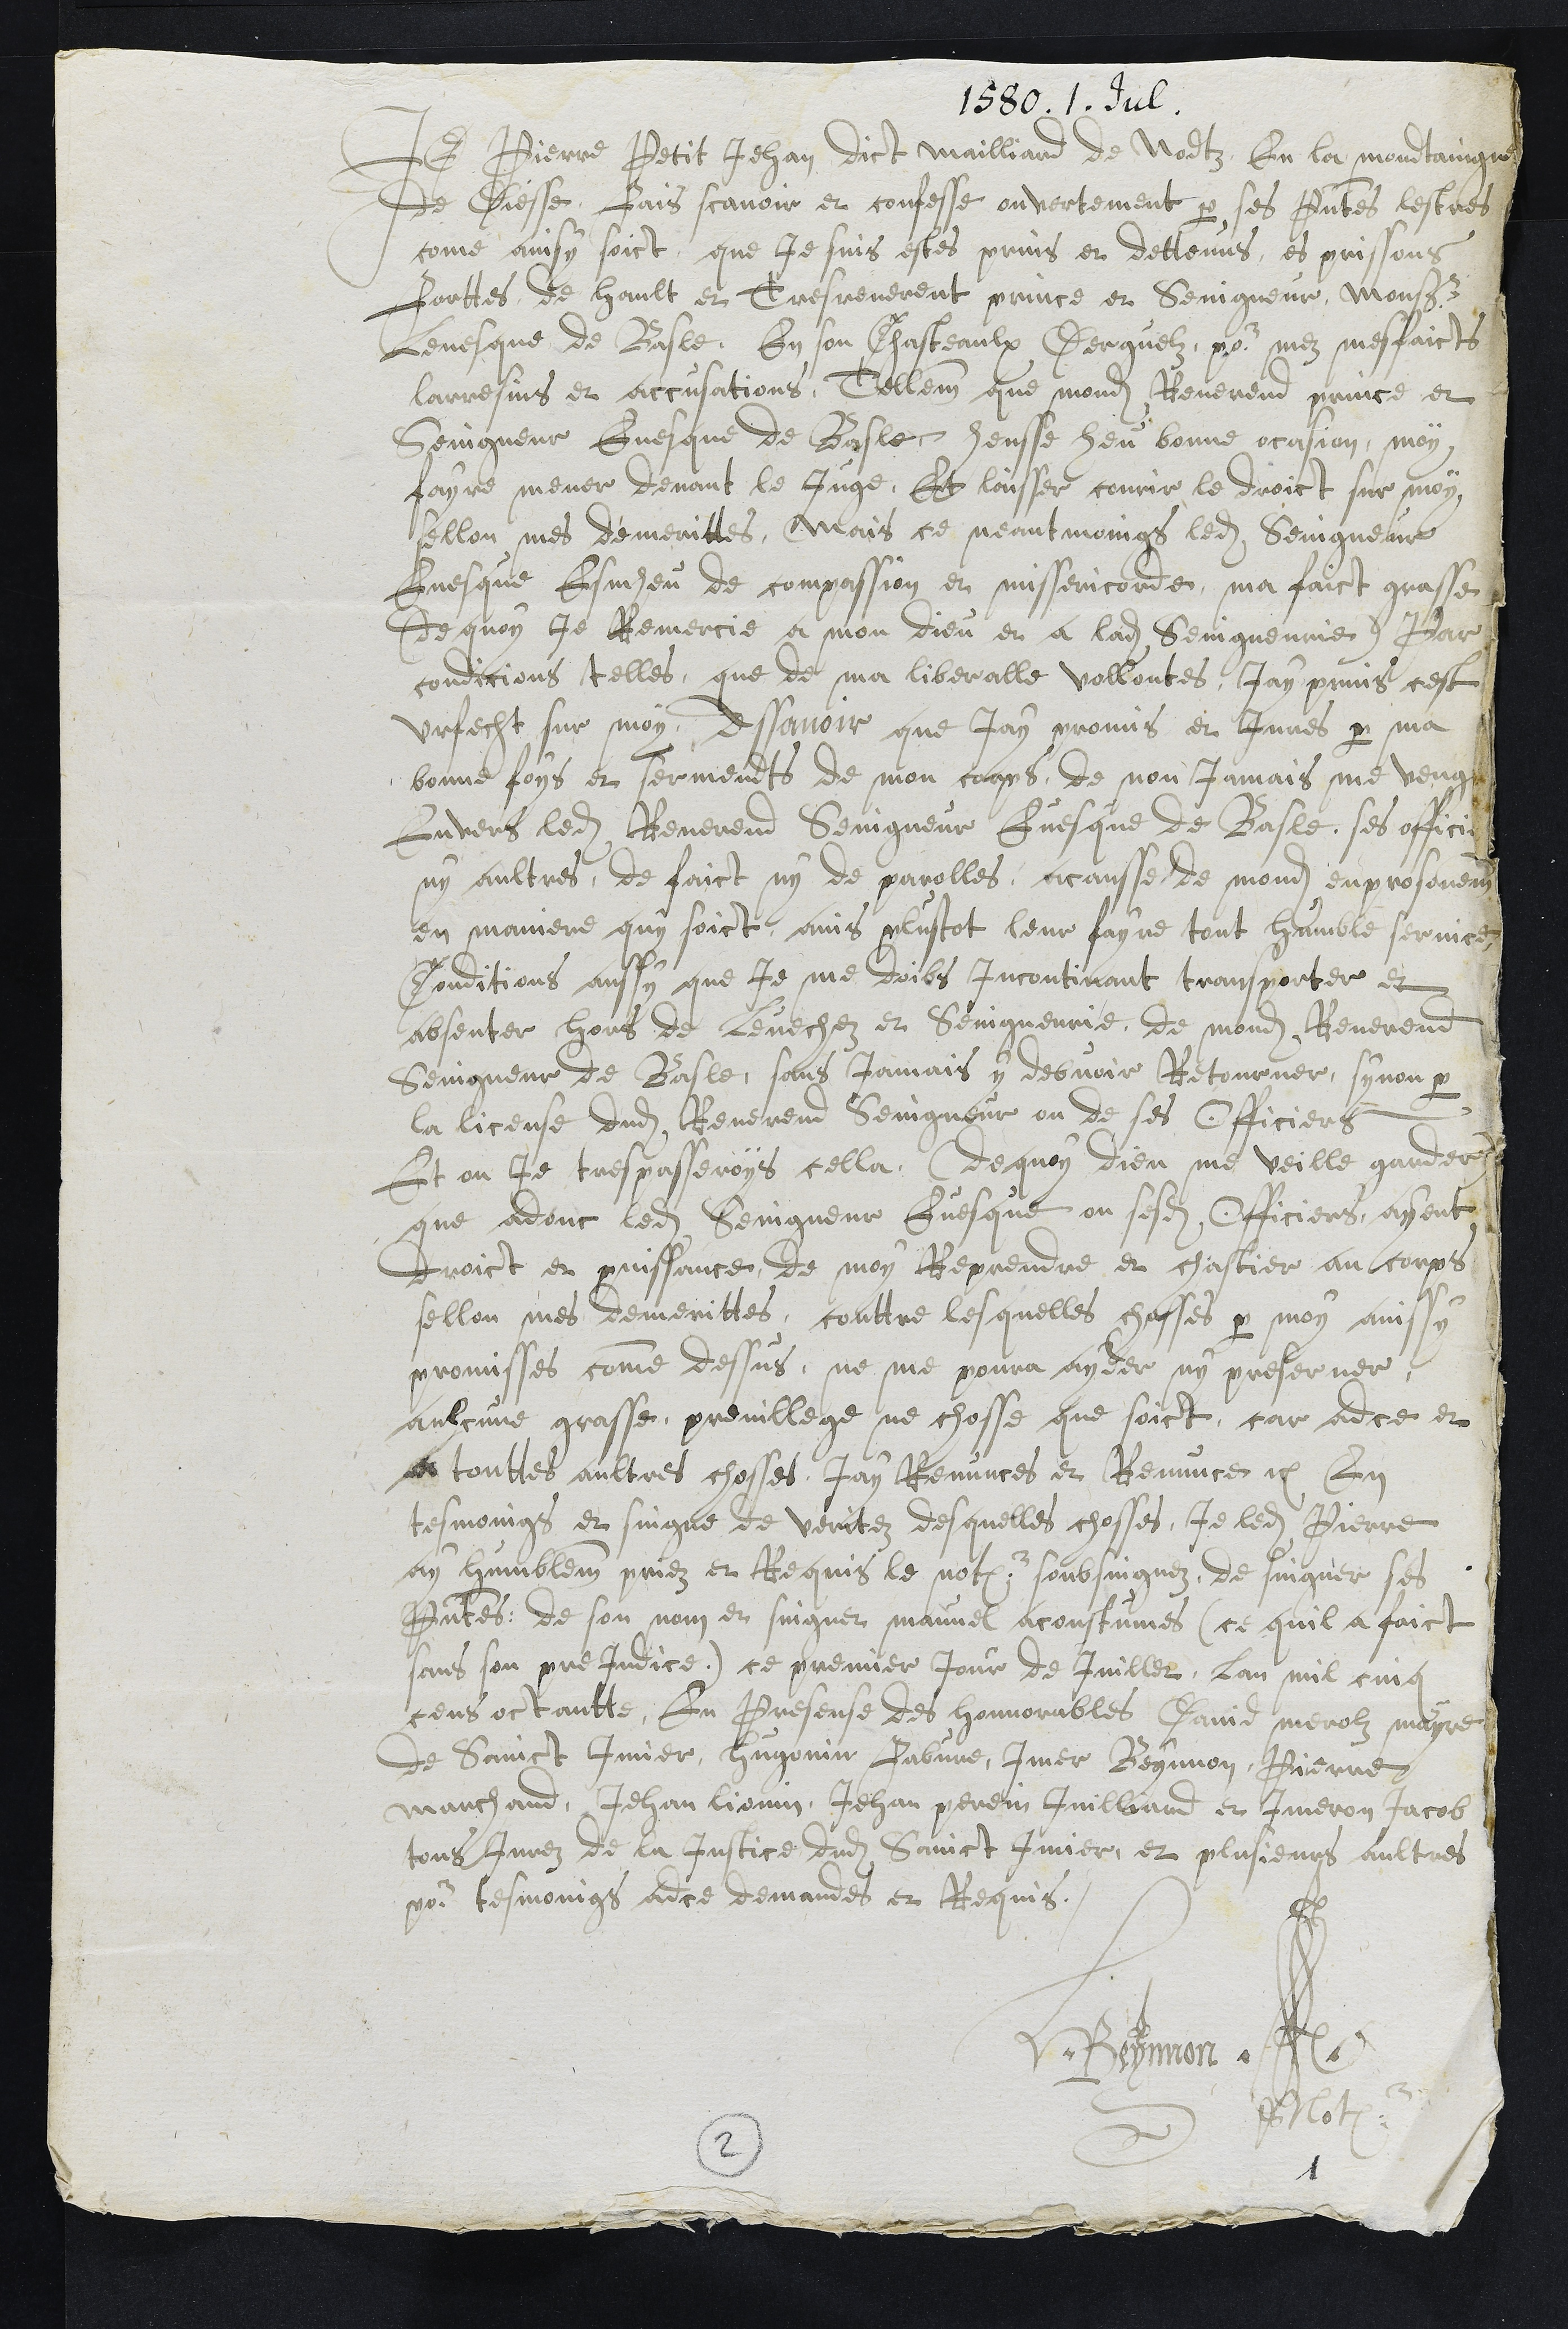
1580. 1. Jul.
Je Pierre Petit Jehan dict Maillard de Nodtz En la mondtaingne
de Diesse, fais scavoir et confesse ouvertement par ses presentes lestres
come ainsy soict que Je suis estes prins et dettenus es prissons
Forttes de hault et Tres reverent prince et Seingneur, Monseigneur
Levesque de Basle, En son Chasteaulx Derguelz pour mes mesfaicts
larresins et accusations, Tellement que mondit Reverend prince et
Seingneur Evesque de Basle heusse heu bonne occasion moy
faire mener devant le Juge. Et laisser courir le droict sur moy
sellon mes demerittes, Mais ce neantmoings ledit Seingneur
Evesque Esmheu de compassion et missericorde, ma faict grasse
(de quoy Je Remercie a mon dieu et a ladite Seingneurie) Par
condicions telles, que de ma liberalle vollontes, jay prins cest
Urfecht sur moy, Assavoir que jay promis et Jures par ma
bonne foys et sermendts de mon corps, de non jamais me venger
Envers ledit Reverend Seingneur Evesque de Basle, ses officiers
ny aultres, de faict ny de parolles, a causse de mondit enprosonement
en maniere quy soict, ains plustost leur fayre tout humble service,
Conditions aussy que je me doibs incontinant transporter et
absenter hors de levechez et Seingneurie de mondit Reverend
Seingneur de Basle, sans jamais y debvoir Retourner, synon par
la license dudit Reverend Seingneur ou de ses officiers
Et ou je trespasseroys cella (de quoy dieu me veille garder)
que adonc ledit Seingneur Evesque ou sesdits Officiers ayent
Droict et puissance de moy Reprendre et chastier au corps
sellon mes demerittes, conttre lesquelles chosses par moy ainssy
promisses comme dessus, ne me poura ayder ny preserver
aulcune grasse, previllege ne chosse que soict, car adce et
a touttes aultres choses, Jay Renunces et Renunce etc En
tesmoings et singne de veritez desquelles chosses, je ledit Pierre
ay humblement priez et Requis le not soubsingnez, de singner ses
presentes de son nom et singnet manuel acoustumes (ce quil a faict
sans son prejudice) ce premier Jour de Juillet lan mil cinq
cens octantte, En presense des honnorables David merolz mayre
de Sainct Imier, Hugonin Fabvre, Imer Beynon, Pierre
marchand, Jehan liomin, Jehan Perrin Juilliard et Imeron Jacob
tous Jurez de la Justice dudit Sainct Imier, et plusieurs aultres
pour tesmoings adce demandes et Requis
HBeynnon
Not
2
1